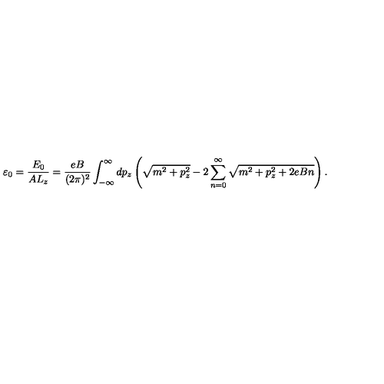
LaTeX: \varepsilon _ { 0 } = \frac { E _ { 0 } } { A L _ { z } } = \frac { e B } { ( 2 \pi ) ^ { 2 } } \int _ { - \infty } ^ { \infty } d p _ { z } \left( \sqrt { m ^ { 2 } + p _ { z } ^ { 2 } } - 2 \sum _ { n = 0 } ^ { \infty } \sqrt { m ^ { 2 } + p _ { z } ^ { 2 } + 2 e B n } \right) .